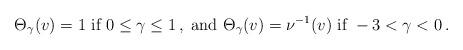
LaTeX: \begin{align*}\begin{aligned}\Theta_\gamma (v) = 1 \textrm{ if } 0 \leq \gamma \leq 1 \,, \textrm{ and } \Theta_\gamma (v) = \nu^{-1} (v) \textrm{ if } - 3 < \gamma < 0 \,.\end{aligned}\end{align*}